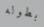
بطوله